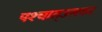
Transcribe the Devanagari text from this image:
पश्‍चात्‌उसका